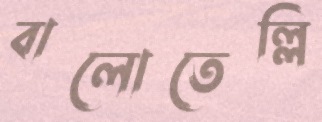
বালোতেল্লি